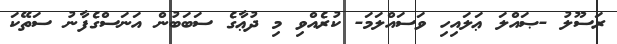
ރަސޫލު -ޞައްލަ ޢަލައިހި ވަސައްލަމަ- ކުރެއްވި މި ދުޢާގެ ސަބަބުން އަނަސްގެފާނު ސަތޭކަ